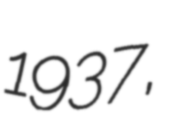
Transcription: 1937,